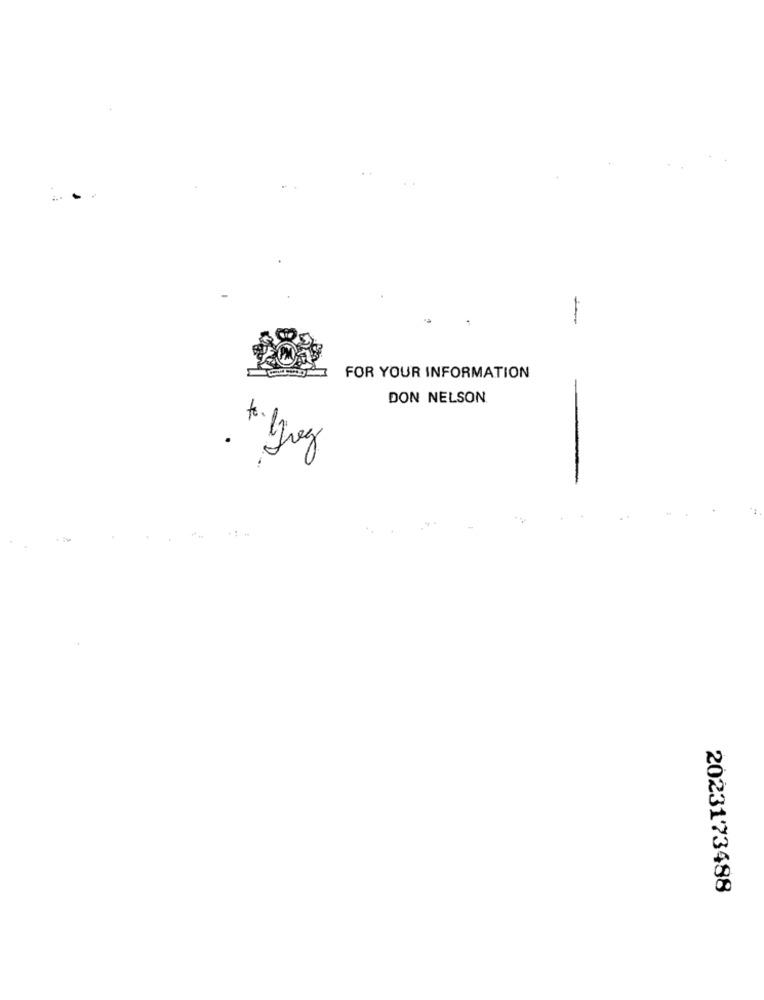
-
FOR YOUR INFORMATION
DON NELSON
2023173488